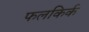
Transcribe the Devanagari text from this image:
फलकिर्क